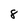
Character: 8